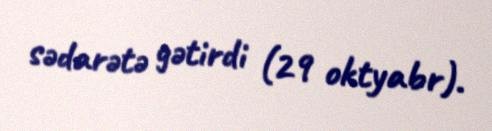
sədarətə gətirdi (29 oktyabr).